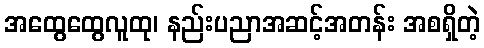
အထွေထွေလူထု၊ နည်းပညာအဆင့်အတန်း အစရှိတဲ့